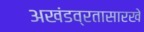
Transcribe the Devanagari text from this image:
अखंडव्रतासारखे